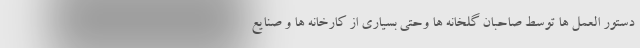
دستور العمل ها توسط صاحبان گلخانه ها وحتی بسیاری از کارخانه ها و صنایع